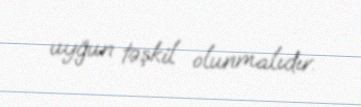
uyğun təşkil olunmalıdır.